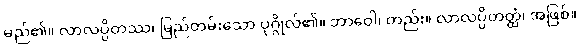
မည်၏။ လာလပ္ပိတဿ၊ မြည်တမ်းသော ပုဂ္ဂိုလ်၏။ ဘာဝေါ၊ တည်း။ လာလပ္ပိတတ္ထံ၊ အဖြစ်။